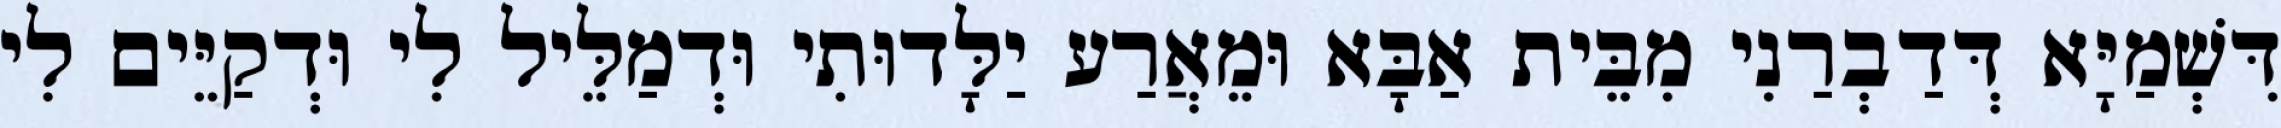
דִּשְׁמַיָּא דְּדַבְרַנִי מִבֵּית אַבָּא וּמֵאֲרַע יַלָּדוּתִי וּדְמַלֵּיל לִי וּדְקַיֵּים לִי